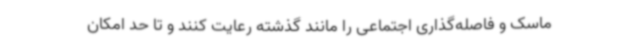
ماسک و فاصله‌گذاری اجتماعی را مانند گذشته رعایت کنند و تا حد امکان